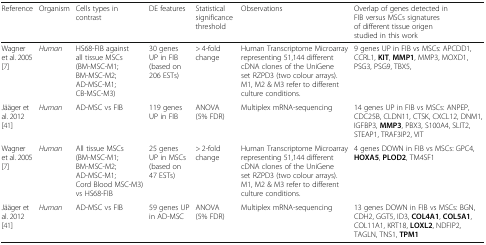
| Reference | Organism | Cells types in contrast | DE features | Statistical significance threshold | Observations | Overlap of genes detected in FIB versus MSCs signatures of different tissue origen studied in this work |
 | --- | --- | --- | --- | --- | --- | --- |
 | Wagner et al. 2005 [7] | Human | HS68-FIB against all tissue MSCs (BM-MSC-M1; BM-MSC-M2; AD-MSC-M1; CB-MSC-M3) | 30 genes UP in FIB (based on 206 ESTs) | > 4-fold change | Human Transcriptome Microarray representing 51,144 different cDNA clones of the UniGene set RZPD3 (two colour arrays). M1, M2 & M3 refer to different culture conditions. | 9 genes UP in FIB vs MSCs: APCDD1, CCRL1, KIT, MMP1, MMP3, MOXD1, PSG3, PSG9, TBX5, |
 | Jääger et al. 2012 [41] | Human | AD-MSC vs FIB | 119 genes UP in FIB | ANOVA (5% FDR) | Multiplex mRNA-sequencing | 14 genes UP in FIB vs MSCs: ANPEP, CDC25B, CLDN11, CTSK, CXCL12, DNM1, IGFBP3, MMP3, PBX3, S100A4, SLIT2, STEAP1, TRAF3IP2, VIT |
 | Wagner et al. 2005 [7] | Human | All tissue MSCs (BM-MSC-M1; BM-MSC-M2; AD-MSC-M1; Cord Blood MSC-M3) vs HS68-FIB | 25 genes UP in MSCs (based on 47 ESTs) | > 2-fold change | Human Transcriptome Microarray representing 51,144 different cDNA clones of the UniGene set RZPD3 (two colour arrays). M1, M2 & M3 refer to different culture conditions. | 4 genes DOWN in FIB vs MSCs: GPC4, HOXA5, PLOD2, TM4SF1 |
 | Jääger et al. 2012 [41] | Human | AD-MSC vs FIB | 59 genes UP in AD-MSC | ANOVA (5% FDR) | Multiplex mRNA-sequencing | 13 genes DOWN in FIB vs MSCs: BGN, CDH2, GGT5, ID3, COL4A1, COL5A1, COL11A1, KRT18, LOXL2, NDFIP2, TAGLN, TNS1, TPM1 |